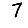
Digit: 7